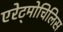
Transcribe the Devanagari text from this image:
एरेट्मोचिलिस